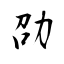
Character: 劭